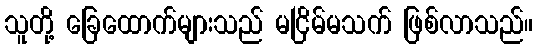
သူတို့ ခြေထောက်များသည် မငြိမ်မသက် ဖြစ်လာသည်။